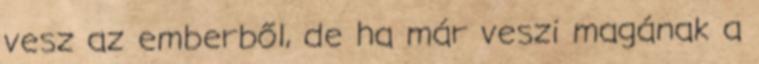
vesz az emberből, de ha már veszi magának a